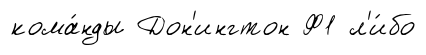
кома́нды Дон'ингтон Ф1 л'и́бо